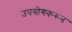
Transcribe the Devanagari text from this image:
उपयोगकरून